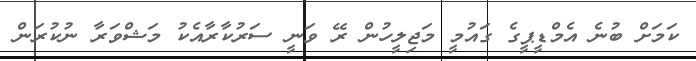
ކަމަށް ބުނެ އެމްޑީޕީގެ ގައުމީ މަޖިލީހުން ރޭ ވަނީ ސަރުކާރާއެކު މަޝްވަރާ ނުކުރަން